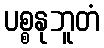
ပစ္စနုဘူတံ